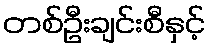
တစ်ဦးချင်းစီနှင့်